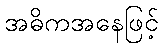
အဓိကအနေဖြင့်